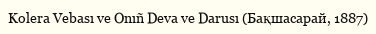
Kolera Vebası ve Onıñ Deva ve Darusı (Бақшасарай, 1887)